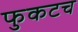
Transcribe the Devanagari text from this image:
फुकटच